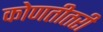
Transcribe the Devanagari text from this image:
कोणतीतरी